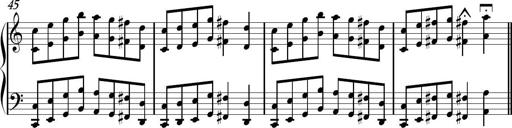
Title: Sonhatina
Composer: Davi Rocha
Key: C major